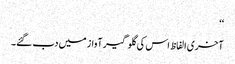
‘‘
آخری الفاظ اس کی گلوگیر آواز میں دب گئے۔